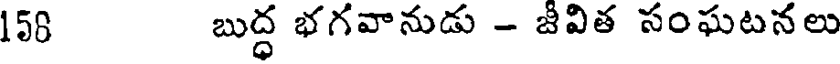
158 బుద్ధ భగవానుడు - జీవిత సంఘటనలు